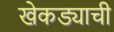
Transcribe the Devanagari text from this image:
खेकड्याची